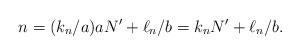
LaTeX: \begin{align*} n = (k_n/a) aN' + \ell_n/b = k_nN' + \ell_n/b.\end{align*}